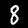
Digit: 8